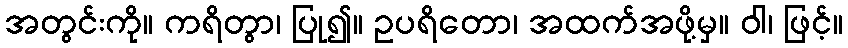
အတွင်းကို။ ကရိတွာ၊ ပြု၍။ ဥပရိတော၊ အထက်အဖို့မှ။ ဝါ၊ ဖြင့်။